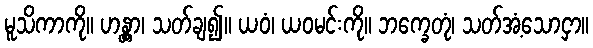
မူသိကာကို။ ဟန္တွာ၊ သတ်ချ၍။ ယဝံ၊ ယဝမင်းကို။ ဘက္ခေတုံ၊ သတ်အံ့သောငှာ။